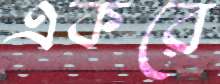
একরে